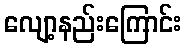
လျော့နည်းကြောင်း